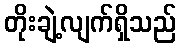
တိုးချဲ့လျက်ရှိသည်